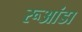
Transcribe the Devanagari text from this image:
रूआंडा